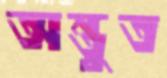
অন্তুত